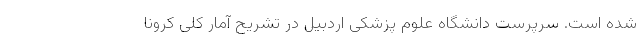
شده است. سرپرست دانشگاه علوم پزشکی اردبیل در تشریح آمار کلی کرونا